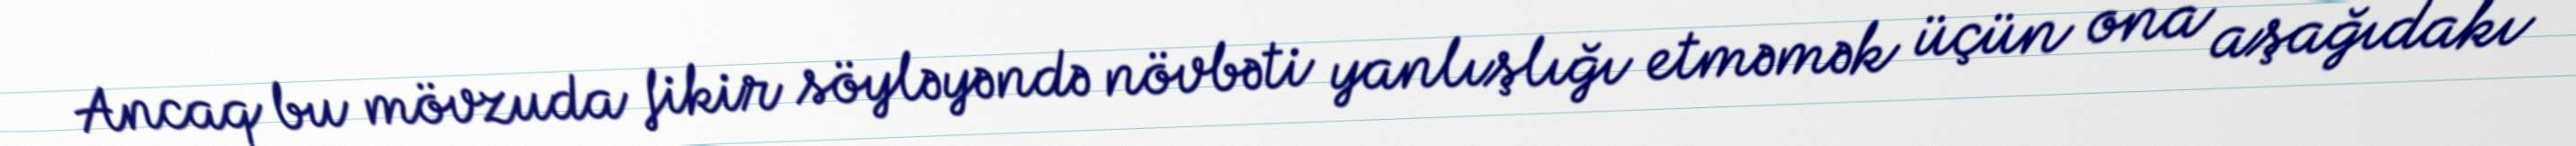
Ancaq bu mövzuda fikir söyləyəndə növbəti yanlışlığı etməmək üçün ona aşağıdakı